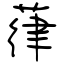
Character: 葎